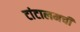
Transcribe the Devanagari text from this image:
टांटालमची